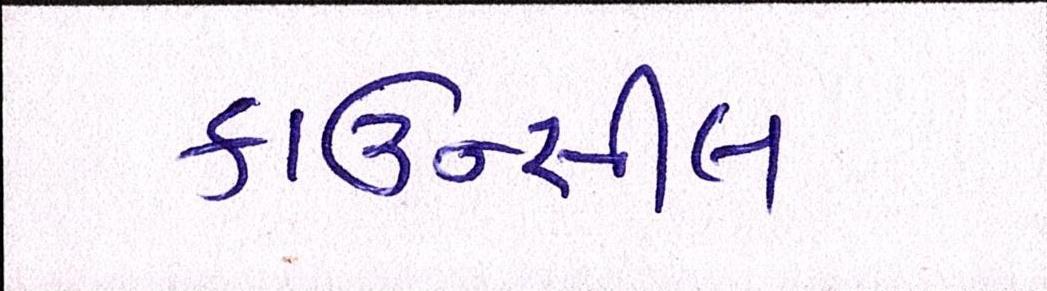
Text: કાઉન્સીલ